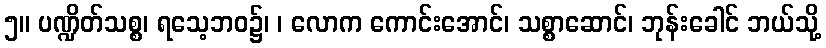
၅။ ပဏ္ဍိတ်သစ္စ၊ ရသေ့ဘဝ၌၊ ၊ လောက ကောင်းအောင်၊ သစ္စာဆောင်၊ ဘုန်းခေါင် ဘယ်သို့